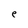
Character: e